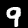
Digit: 9